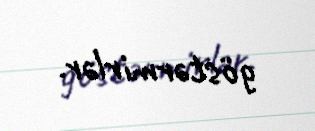
göstərmirlər.